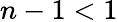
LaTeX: n-1<1